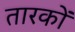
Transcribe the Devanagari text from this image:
तारकों